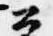
公